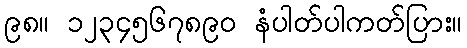
၉၈။ ၁၂၃၄၅၆၇၈၉၀ နံပါတ်ပါကတ်ပြား။